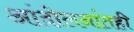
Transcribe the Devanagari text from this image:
आंदोलनांतही